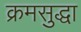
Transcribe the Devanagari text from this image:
क्रमसुद्धा